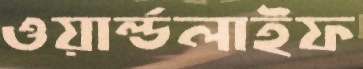
ওয়ার্ল্ডলাইফ